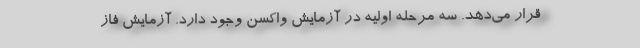
قرار می‌دهد. سه مرحله اولیه در آزمایش واکسن وجود دارد. آزمایش فاز